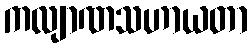
ကလျာဏသဟာယတာ